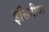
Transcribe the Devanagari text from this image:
इसिनीया